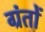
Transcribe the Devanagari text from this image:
ग्रंतों